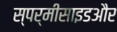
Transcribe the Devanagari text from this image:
स्पर्मीसाइडऔर